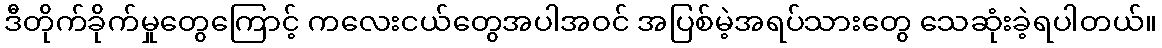
ဒီတိုက်ခိုက်မှုတွေကြောင့် ကလေးငယ်တွေအပါအဝင် အပြစ်မဲ့အရပ်သားတွေ သေဆုံးခဲ့ရပါတယ်။